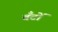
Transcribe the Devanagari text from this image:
बँटों